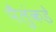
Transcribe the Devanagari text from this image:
पैलुंकडे